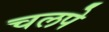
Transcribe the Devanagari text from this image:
चलपे